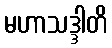
မဟာသဒ္ဒါတိ